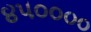
૪૫૦૦૦૦